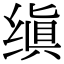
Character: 缜